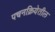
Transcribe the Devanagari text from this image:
पचनक्रियेतील